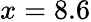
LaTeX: x=8.6